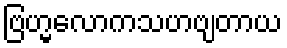
ဗြဟ္မလောကသဟဗျတာယ